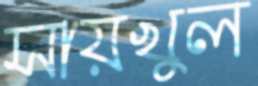
সায়খুল